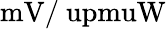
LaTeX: \mathrm{mV/\ upmuW}